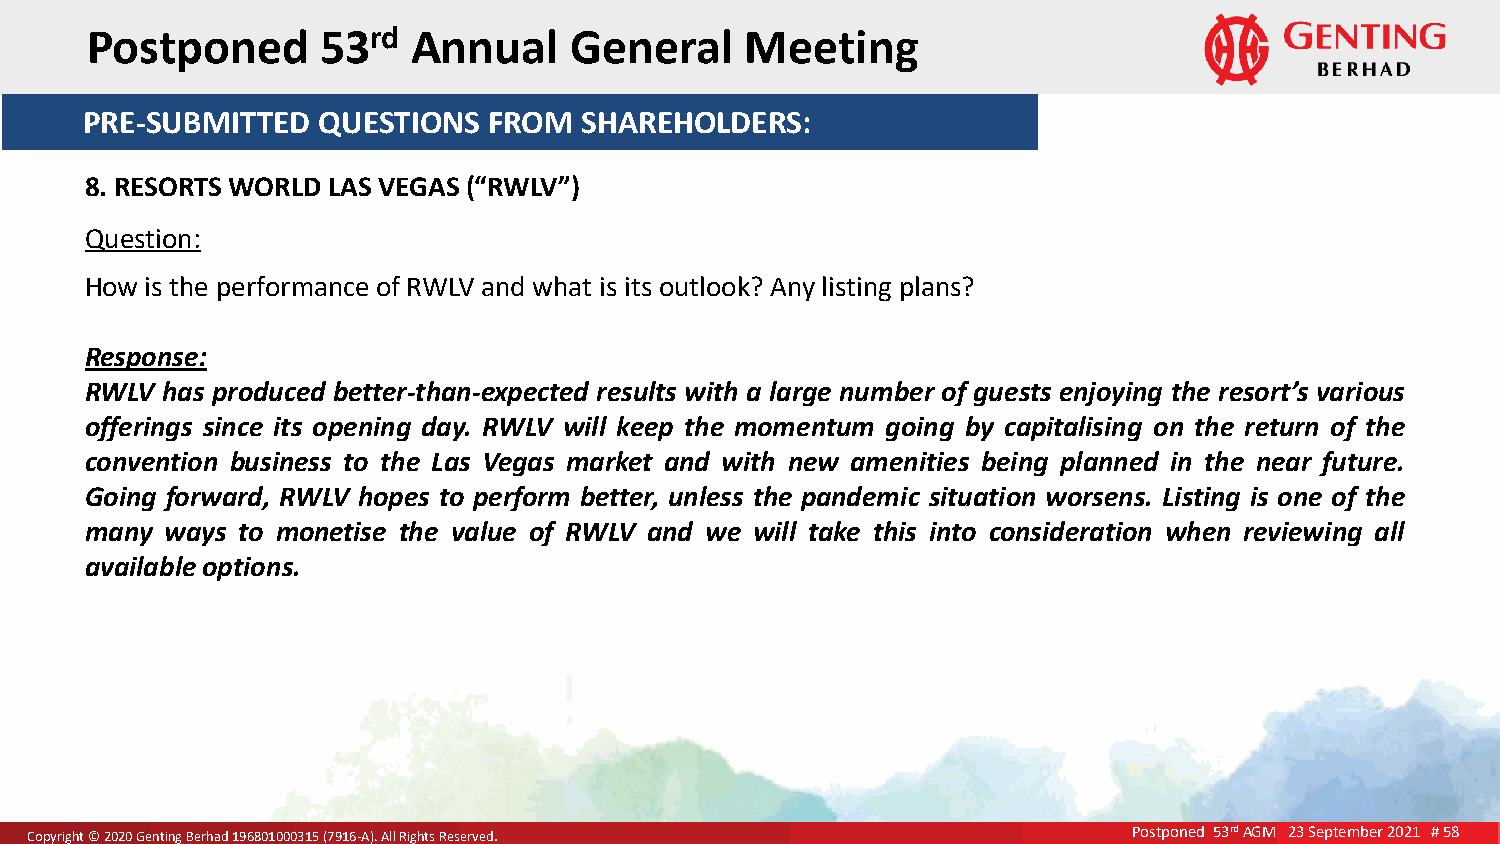
P ost poned    53rd  Annual     General    Meeting
 PRE-SUBMITTED   QUESTIONS  FROM  SHAREHOLDERS:
 8. RESORTS WORLD LAS VEGAS (“RWLV”)
 Question:
 How is the performance of RWLV and what is its outlook? Any listing plans?
 Response:
 RWLV has produced better-than-expected results with a large number of guests enjoying the resort’s various
 offerings since its opening day. RWLV will keep the momentum going by capitalising on the return of the
 convention business to the Las Vegas market and with new amenities being planned in the near future.
 Going forward, RWLV hopes to perform better, unless the pandemic situation worsens. Listing is one of the
 many ways to monetise the value of RWLV and we will take this into consideration when reviewing all
 available options.
 CCooppyyrriigghhtt ©© 22002200 GGeennttiinngg BBeerrhhaadd 119966880011000000331155 ((77991166--AA)).. AAllll RRiigghhttss RReesseerrvveedd.. Postponed 53rd AGM 23 September 2021 # 58